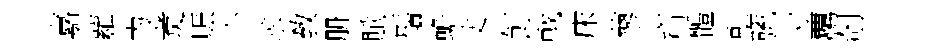
嘉蘿为煑賑个求敎册賦鬚蟾丈飣戟床蓼齋體乹旒寸覊剞